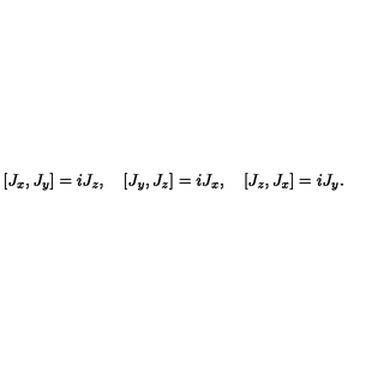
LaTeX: [ J _ { x } , J _ { y } ] = i J _ { z } , \quad [ J _ { y } , J _ { z } ] = i J _ { x } , \quad [ J _ { z } , J _ { x } ] = i J _ { y } .